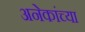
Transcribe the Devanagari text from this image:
अनेकांच्‍या